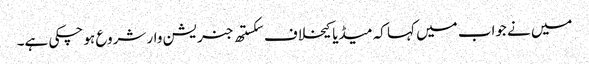
میں نے جواب میں کہا کہ میڈیا کیخلاف سکستھ جنریشن وار شروع ہو چکی ہے۔